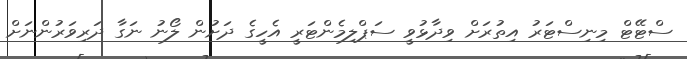
ސްޓޭޓް މިނިސްޓަރު އިތުރަށް ވިދާޅުވީ ސަޕްލިމެންޓަރީ އެހީގެ ދަށުން ލޯނު ނަގާ ދަރިވަރުންނަށް